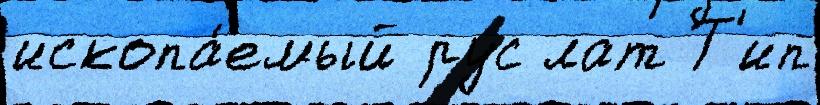
ископа́емый рус лат Т'ип